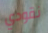
نقودي